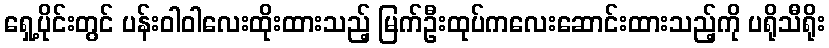
ရှေ့ပိုင်းတွင် ပန်းဝါဝါလေးထိုးထားသည့် မြက်ဦးထုပ်ကလေးဆောင်းထားသည့်ကို ပရိုသီရိုး